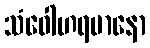
သံဝေါဟရမာနော